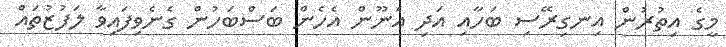
މީގެ އިތުރުން އިނގިރޭސި ބަހާއި އަދި އެނޫން އެހެން ބަސްބަހުން ގެނެވިފައިވާ ލަފުޒުތައް